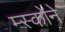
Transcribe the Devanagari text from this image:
म्स्कोने